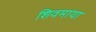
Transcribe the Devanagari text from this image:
शिवमाया